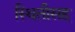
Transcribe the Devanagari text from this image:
स्थितीसह